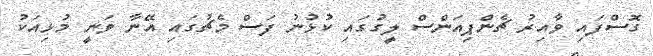
ގޮސްފައި ވާއިރު ޗެންޕިއަންސް ލީގުގައި ކުޅުނު ފަސް މެޗުގައި އޭނާ ވަނީ މުޅިއަކު